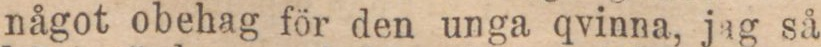
något obehag för den unga qvinna, jag så